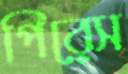
পিরেস